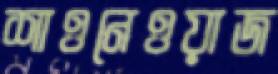
শাওনেওয়াজ